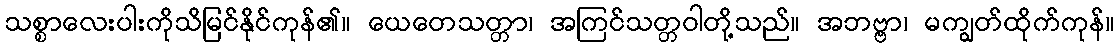
သစ္စာလေးပါးကိုသိမြင်နိုင်ကုန်၏။ ယေတေသတ္တာ၊ အကြင်သတ္တဝါတို့သည်။ အဘဗ္ဗာ၊ မကျွတ်ထိုက်ကုန်။